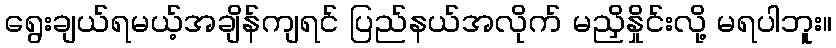
ရွေးချယ်ရမယ့်အချိန်ကျရင် ပြည်နယ်အလိုက် မညှိနှိုင်းလို့ မရပါဘူး။